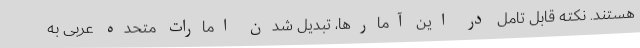
هستند. نکته قابل تامل در این آمارها، تبدیل شدن امارات متحده عربی به